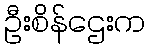
ဦးစိန်ဌေးက